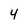
Character: 4